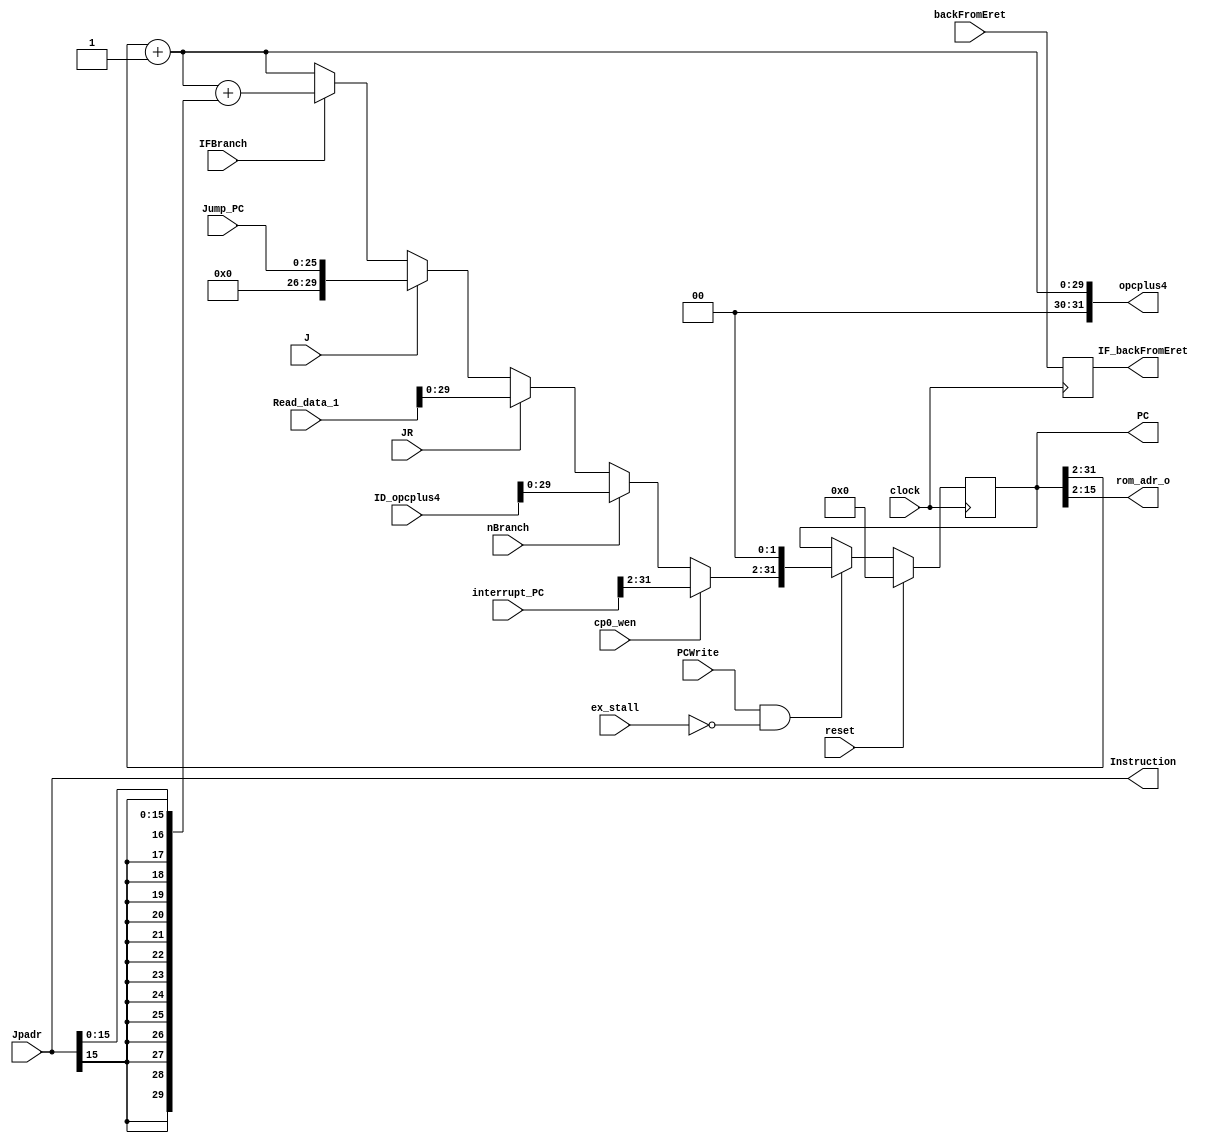
module Ifetc32 (
	input			reset,				// λź(ߵƽЧ)
	input           PCWrite,
	input           ex_stall,           // pcֲ
    input			clock,				// ʱ(22MHz)

    input   [25:0]  Jump_PC,            // IDָеaddress
    input	[31:0]	Read_data_1,		// 뵥Ԫjrָõĵַ
    input           JR,
    input           J,
    input           IFBranch,
    input           nBranch, 
    input   [31:0]  ID_opcplus4,
    
    output reg[31:0]PC,              
    output [31:0]   opcplus4,			// jalָרõPC+4
    output  [31:0]  Instruction,        // ָģ
    // output  [31:0]  PC_plus_4_out,   // (pc+4)ִеԪ
    // ROM Pinouts
	output	[13:0]	rom_adr_o,			// ROMԪȡַָ
	input	[31:0]	Jpadr,				// ӳROMԪлȡָ
	// ж
	input   [31:0]  interrupt_PC,
	input           backFromEret,
	input           cp0_wen,
	
	output reg     IF_backFromEret
);
    
    wire [31:0] PC_plus_4;
    reg [31:0] next_PC;		                 // ָPCһPC+4)
   
    assign Instruction = Jpadr;              // ȡָ
    assign rom_adr_o = PC[15:2];             
    assign PC_plus_4 = {PC[31:2] + 1,2'b00}; // PC+4
    assign opcplus4 = {2'b00,PC_plus_4[31:2]}; // PC+4jal$31=PC+4λԴĴ

    wire [15:0] offset = Instruction[15:0];
    wire sign = offset[15];
    
    // next_PC2λPCӶ֤ǿƶ
    always @* begin               
        if(cp0_wen) next_PC = interrupt_PC>>2; // λ
        else if(nBranch) next_PC = ID_opcplus4;          // IDη֧Ԥʧܣתָת
        else if(JR) next_PC = Read_data_1;          // jr,jalr: PC(rs),IDδ
        else if(J)                                  // j,jal
            next_PC = {6'b0000,Jump_PC};            // (Zero-Extend)address<<2չ,λĽ
        else if(IFBranch)                           // IFԤת
            next_PC = {2'b00,PC_plus_4[31:2]}+{{16{sign}},offset}; // (PC)(PC)+4+((Sign-Extend)offset<<2),λĽ
        else next_PC = {2'b00,PC_plus_4[31:2]};     // һ
    end
    
    always @(negedge clock) begin                   // ʱ½ظPC
        IF_backFromEret=backFromEret;
        if(reset) PC = 32'h00000000;
        else if(PCWrite&&ex_stall!=1'b1)PC = next_PC<<2;            // ȷ4ı
    end 
endmodule